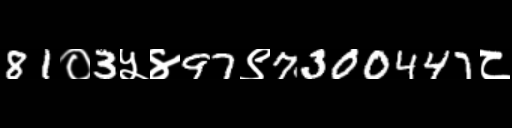
Text: 81०3५४97९7300447८